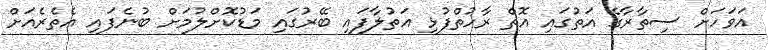
އަވަހަށް ސިތާރާގެ އަތުގައި އޮތް ރާހުތްފުޅި އަތުލާފައި ބޭރުގައި މަޑުކޮށްލުމަށް ބުނެފައި އެތެރެއަށް